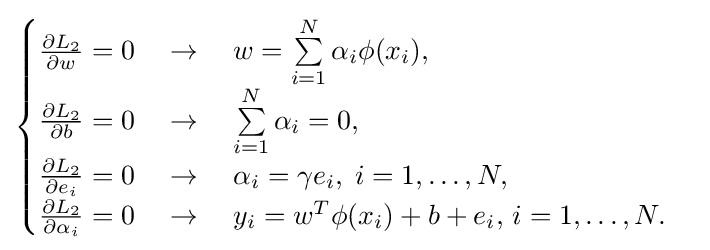
{\begin{cases}{\frac {\partial L_{2}}{\partial w}}=0\quad \to \quad w=\sum \limits _{i=1}^{N}\alpha _{i}\phi (x_{i}),\\{\frac {\partial L_{2}}{\partial b}}=0\quad \to \quad \sum \limits _{i=1}^{N}\alpha _{i}=0,\\{\frac {\partial L_{2}}{\partial e_{i}}}=0\quad \to \quad \alpha _{i}=\gamma e_{i},\;i=1,\ldots ,N,\\{\frac {\partial L_{2}}{\partial \alpha _{i}}}=0\quad \to \quad y_{i}=w^{T}\phi (x_{i})+b+e_{i},\,i=1,\ldots ,N.\end{cases}}